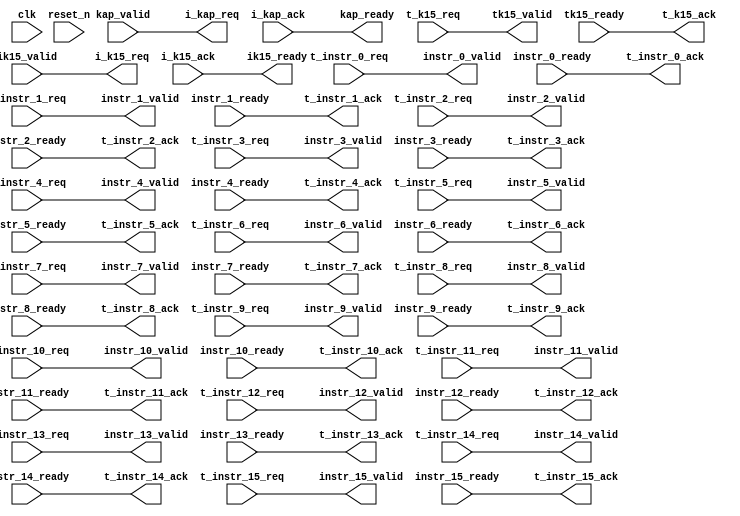


module vector_ctrl_17_2
  (
   
   input wire   t_instr_0_req,
   output wire t_instr_0_ack,
   
   input wire   t_instr_1_req,
   output wire t_instr_1_ack,
   
   input wire   t_instr_2_req,
   output wire t_instr_2_ack,
   
   input wire   t_instr_3_req,
   output wire t_instr_3_ack,
   
   input wire   t_instr_4_req,
   output wire t_instr_4_ack,
   
   input wire   t_instr_5_req,
   output wire t_instr_5_ack,
   
   input wire   t_instr_6_req,
   output wire t_instr_6_ack,
   
   input wire   t_instr_7_req,
   output wire t_instr_7_ack,
   
   input wire   t_instr_8_req,
   output wire t_instr_8_ack,
   
   input wire   t_instr_9_req,
   output wire t_instr_9_ack,
   
   input wire   t_instr_10_req,
   output wire t_instr_10_ack,
   
   input wire   t_instr_11_req,
   output wire t_instr_11_ack,
   
   input wire   t_instr_12_req,
   output wire t_instr_12_ack,
   
   input wire   t_instr_13_req,
   output wire t_instr_13_ack,
   
   input wire   t_instr_14_req,
   output wire t_instr_14_ack,
   
   input wire   t_instr_15_req,
   output wire t_instr_15_ack,
   
   input wire   t_k15_req,
   output wire t_k15_ack,
   //initiators
   output wire i_k15_req,
   input wire   i_k15_ack,
   output wire i_kap_req,
   input wire   i_kap_ack,
   //exports
   
   output wire instr_0_valid,
   input wire   instr_0_ready,
   
   output wire instr_1_valid,
   input wire   instr_1_ready,
   
   output wire instr_2_valid,
   input wire   instr_2_ready,
   
   output wire instr_3_valid,
   input wire   instr_3_ready,
   
   output wire instr_4_valid,
   input wire   instr_4_ready,
   
   output wire instr_5_valid,
   input wire   instr_5_ready,
   
   output wire instr_6_valid,
   input wire   instr_6_ready,
   
   output wire instr_7_valid,
   input wire   instr_7_ready,
   
   output wire instr_8_valid,
   input wire   instr_8_ready,
   
   output wire instr_9_valid,
   input wire   instr_9_ready,
   
   output wire instr_10_valid,
   input wire   instr_10_ready,
   
   output wire instr_11_valid,
   input wire   instr_11_ready,
   
   output wire instr_12_valid,
   input wire   instr_12_ready,
   
   output wire instr_13_valid,
   input wire   instr_13_ready,
   
   output wire instr_14_valid,
   input wire   instr_14_ready,
   
   output wire instr_15_valid,
   input wire   instr_15_ready,
   
                               
   output wire tk15_valid,
   input wire   tk15_ready,
   
   input wire   ik15_valid,
   output wire ik15_ready,

   input wire   kap_valid,
   output wire kap_ready,
   
   input wire   clk, reset_n
   );

   
   assign instr_0_valid=t_instr_0_req;
`ifndef QENGINE_LITE
   assign t_instr_0_ack=instr_0_ready;
`else
   assign t_instr_0_ack=1;
`endif

   assign instr_1_valid=t_instr_1_req;
`ifndef QENGINE_LITE
   assign t_instr_1_ack=instr_1_ready;
`else
   assign t_instr_1_ack=1;
`endif

   assign instr_2_valid=t_instr_2_req;
`ifndef QENGINE_LITE
   assign t_instr_2_ack=instr_2_ready;
`else
   assign t_instr_2_ack=1;
`endif

   assign instr_3_valid=t_instr_3_req;
`ifndef QENGINE_LITE
   assign t_instr_3_ack=instr_3_ready;
`else
   assign t_instr_3_ack=1;
`endif

   assign instr_4_valid=t_instr_4_req;
`ifndef QENGINE_LITE
   assign t_instr_4_ack=instr_4_ready;
`else
   assign t_instr_4_ack=1;
`endif

   assign instr_5_valid=t_instr_5_req;
`ifndef QENGINE_LITE
   assign t_instr_5_ack=instr_5_ready;
`else
   assign t_instr_5_ack=1;
`endif

   assign instr_6_valid=t_instr_6_req;
`ifndef QENGINE_LITE
   assign t_instr_6_ack=instr_6_ready;
`else
   assign t_instr_6_ack=1;
`endif

   assign instr_7_valid=t_instr_7_req;
`ifndef QENGINE_LITE
   assign t_instr_7_ack=instr_7_ready;
`else
   assign t_instr_7_ack=1;
`endif

   assign instr_8_valid=t_instr_8_req;
`ifndef QENGINE_LITE
   assign t_instr_8_ack=instr_8_ready;
`else
   assign t_instr_8_ack=1;
`endif

   assign instr_9_valid=t_instr_9_req;
`ifndef QENGINE_LITE
   assign t_instr_9_ack=instr_9_ready;
`else
   assign t_instr_9_ack=1;
`endif

   assign instr_10_valid=t_instr_10_req;
`ifndef QENGINE_LITE
   assign t_instr_10_ack=instr_10_ready;
`else
   assign t_instr_10_ack=1;
`endif

   assign instr_11_valid=t_instr_11_req;
`ifndef QENGINE_LITE
   assign t_instr_11_ack=instr_11_ready;
`else
   assign t_instr_11_ack=1;
`endif

   assign instr_12_valid=t_instr_12_req;
`ifndef QENGINE_LITE
   assign t_instr_12_ack=instr_12_ready;
`else
   assign t_instr_12_ack=1;
`endif

   assign instr_13_valid=t_instr_13_req;
`ifndef QENGINE_LITE
   assign t_instr_13_ack=instr_13_ready;
`else
   assign t_instr_13_ack=1;
`endif

   assign instr_14_valid=t_instr_14_req;
`ifndef QENGINE_LITE
   assign t_instr_14_ack=instr_14_ready;
`else
   assign t_instr_14_ack=1;
`endif

   assign instr_15_valid=t_instr_15_req;
`ifndef QENGINE_LITE
   assign t_instr_15_ack=instr_15_ready;
`else
   assign t_instr_15_ack=1;
`endif

   assign tk15_valid=t_k15_req;
   assign t_k15_ack=tk15_ready;
   
   assign i_k15_req=ik15_valid;
   assign ik15_ready=i_k15_ack;

   assign i_kap_req=kap_valid;
   assign kap_ready=i_kap_ack;
   
endmodule